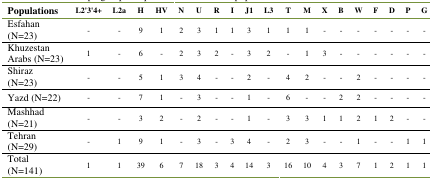
<table><thead><tr><td><b>Populations</b></td><td><b>L2&#x27;3&#x27;4+</b></td><td><b>L2a</b></td><td><b>H</b></td><td><b>HV</b></td><td><b>N</b></td><td><b>U</b></td><td><b>R</b></td><td><b>I</b></td><td><b>J1</b></td><td><b>L3</b></td><td><b>T</b></td><td><b>M</b></td><td><b>X</b></td><td><b>B</b></td><td><b>W</b></td><td><b>F</b></td><td><b>D</b></td><td><b>P</b></td><td><b>G</b></td></tr></thead><tbody><tr><td>Esfahan (N=23) </td><td>-</td><td>-</td><td>9</td><td>1</td><td>2</td><td>3</td><td>1</td><td>1</td><td>3</td><td>1</td><td>1</td><td>1</td><td>-</td><td>-</td><td>-</td><td>-</td><td>-</td><td>-</td><td>-</td></tr><tr><td>Khuzestan Arabs (N=23)</td><td>1</td><td>-</td><td>6</td><td>-</td><td>2</td><td>3</td><td>2</td><td>-</td><td>3</td><td>2</td><td>-</td><td>1</td><td>3</td><td>-</td><td>-</td><td>-</td><td>-</td><td>-</td><td>-</td></tr><tr><td>Shiraz (N=23)</td><td>-</td><td>-</td><td>5</td><td>1</td><td>3</td><td>4</td><td>-</td><td>-</td><td>2</td><td>-</td><td>4</td><td>2</td><td>-</td><td>-</td><td>2</td><td>-</td><td>-</td><td>-</td><td>-</td></tr><tr><td>Yazd (N=22)</td><td>-</td><td>-</td><td>7</td><td>1</td><td>-</td><td>3</td><td>-</td><td>-</td><td>1</td><td>-</td><td>6</td><td>-</td><td>-</td><td>2</td><td>2</td><td>-</td><td>-</td><td>-</td><td>-</td></tr><tr><td>Mashhad (N=21)</td><td>-</td><td>-</td><td>3</td><td>2</td><td>-</td><td>2</td><td>-</td><td>-</td><td>1</td><td>-</td><td>3</td><td>3</td><td>1</td><td>1</td><td>2</td><td>1</td><td>2</td><td>-</td><td>-</td></tr><tr><td>Tehran (N=29)</td><td>-</td><td>1</td><td>9</td><td>1</td><td>-</td><td>3</td><td>-</td><td>3</td><td>4</td><td>-</td><td>2</td><td>3</td><td>-</td><td>-</td><td>1</td><td>-</td><td>-</td><td>1</td><td>1</td></tr><tr><td>Total (N=141)</td><td>1</td><td>1</td><td>39</td><td>6</td><td>7</td><td>18</td><td>3</td><td>4</td><td>14</td><td>3</td><td>16</td><td>10</td><td>4</td><td>3</td><td>7</td><td>1</td><td>2</td><td>1</td><td>1</td></tr></tbody></table>